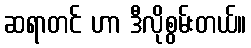
ဆရာတင် ဟာ ဒီလိုစွမ်းတယ်။